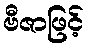
ဗီဇာဖြင့်